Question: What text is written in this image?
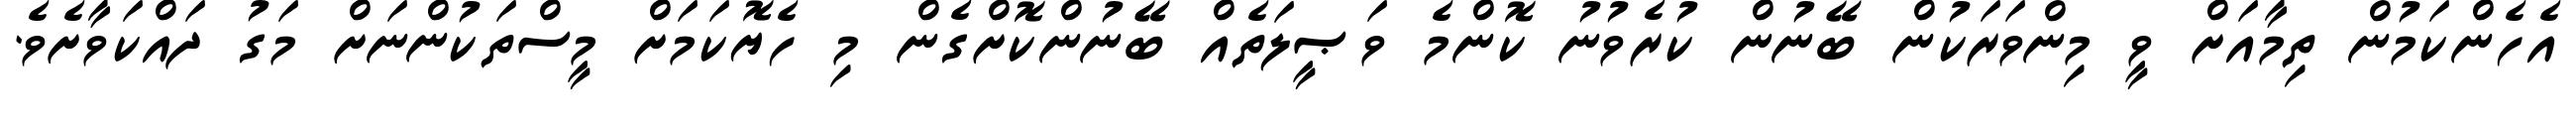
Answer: އެހެންކަމުން ތިމާއަށް ވީ މިންވަރަކުން ބޭނުން ކުރެވުނު ކޮންމެ ވަޞީލަތެއް ބޭނުންކޮށްގެން މި ހެޔޮކަމަށް މީސްތަކުންނަށް މަގު ދައްކަވާށެވެ.